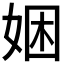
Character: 𫰯